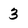
Character: 3